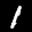
Label: 1